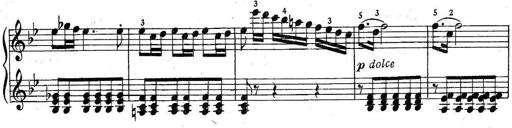
Title: 6 Easy Sonatinas
Composer: Carl Czerny